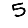
Digit: 5